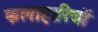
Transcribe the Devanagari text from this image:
फलाहारियों